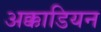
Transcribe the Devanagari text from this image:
अक्काडियन